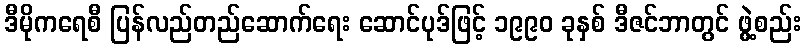
ဒီမိုကရေစီ ပြန်လည်တည်ဆောက်ရေး ဆောင်ပုဒ်ဖြင့် ၁၉၉၀ ခုနှစ် ဒီဇင်ဘာတွင် ဖွဲ့စည်း